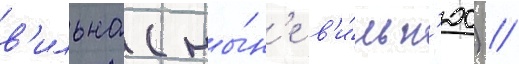
в'ильна (ны́н'е в'и́льн'юс) //